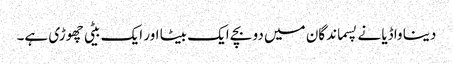
دینا واڈیا نے پسماندگان میں دو بچے ایک بیٹا اور ایک بیٹی چھوڑی ہے۔